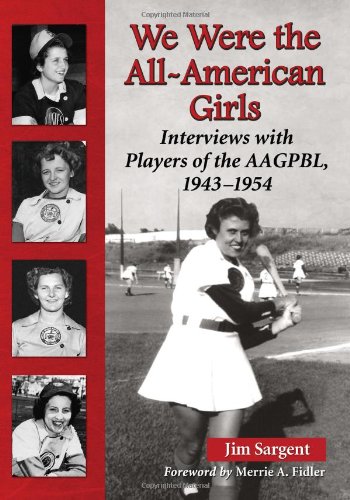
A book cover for We Were the All-American Girls: Interviews with Players of the AAGPBL, 1943-1954; Jim Sargent; Sports & Outdoors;